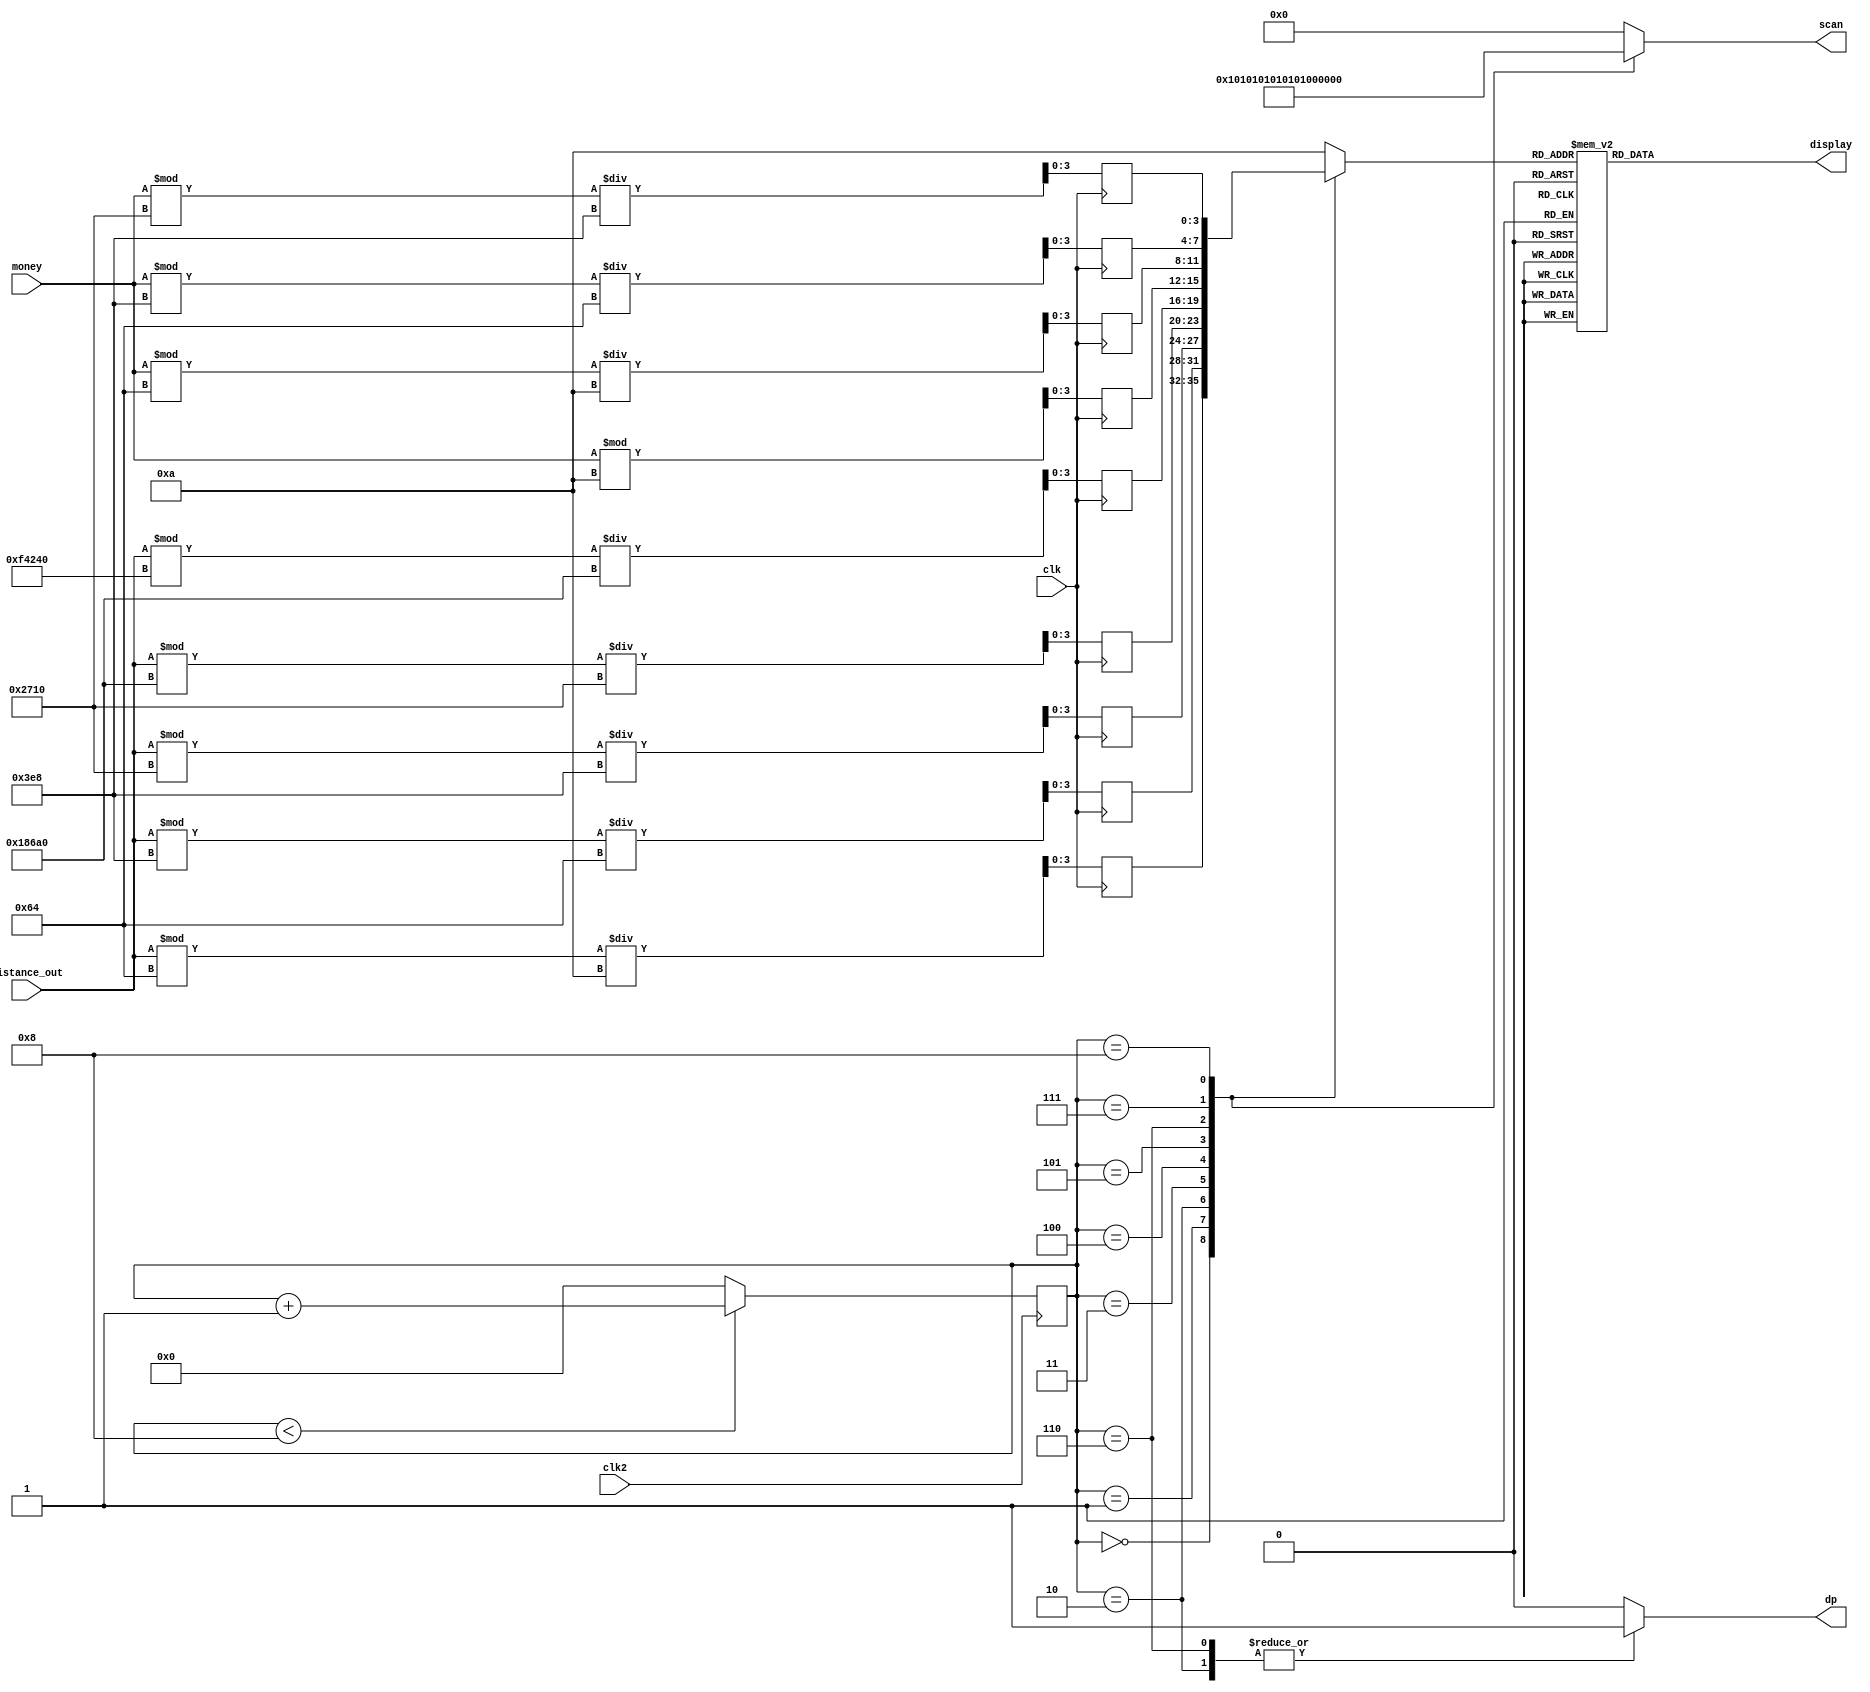
module LED2s(distance_out, money, display, scan, clk2, clk, dp);
	input [16:0] distance_out, money;
	input clk2, clk;//clk2  clk2clk
	output reg [6:0] display;
	output reg [8:0] scan;
	output reg dp;
	reg [10:0] X1_distance, X2_distance, G_distance, S_distance,B_distance;
	reg [10:0] X1_money, G_money, S_money, B_money;
	reg [3:0] chos, data;
	
	parameter BLANK = 7'b0000000;
	parameter ZERO  = 7'b1111110; 
	parameter ONE   = 7'b0110000;
	parameter TWO   = 7'b1101101;
	parameter THREE = 7'b1111001;
	parameter FOUR  = 7'b0110011;
	parameter FIVE  = 7'b1011011;
	parameter SIX   = 7'b1011111;
	parameter SEVEN = 7'b1110000;
	parameter EIGHT = 7'b1111111;
	parameter NINE  = 7'b1111011;

	initial begin
		chos = 10;
		scan = 'b000000000;
		display = BLANK;
	end
    
	always@(posedge clk)begin
		X2_distance = distance_out%100/10;
		X1_distance = distance_out%1000/100;
		G_distance =  distance_out%10000/1000; //distance 
		S_distance =  distance_out%100000/10000;
		B_distance =  distance_out%1000000/100000;
		
		X1_money = money%10;
		G_money = money%100/10;
		S_money = money%1000/100;
		B_money = money%10000/1000;
	end
	
	always@(data)begin
		case(data)
			0:begin display = ZERO; end
			1:begin display = ONE;  end
			2:begin display = TWO;  end
			3:begin display = THREE; end
			4:begin display = FOUR; end
			5:begin display = FIVE; end
			6:begin display = SIX;  end
			7:begin display = SEVEN;end
			8:begin display = EIGHT;end
			9:begin display = NINE; end
			default:begin display = BLANK; end
		endcase	
	end
	
	
	
	always@(posedge clk2)begin
		if(chos < 8) chos = chos + 1;
		else chos = 0;
	end
	
	always@(chos)begin
		case(chos)
			0:begin data = X2_distance;	dp = 0;	scan = 'b000000001; end 
			1:begin data = X1_distance;	dp = 0;	scan = 'b000000010; end
			2:begin data = G_distance;		dp = 1;	scan = 'b000000100; end
			3:begin data = S_distance;		dp = 0;	scan = 'b000001000; end
			4:begin data = B_distance;		dp = 0;	scan = 'b000010000; end
			5:begin data = X1_money;		dp = 0;	scan = 'b000100000; end
			6:begin data = G_money;			dp = 1;	scan = 'b001000000; end
			7:begin data = S_money;			dp = 0;	scan = 'b010000000; end
			8:begin data = B_money;			dp = 0;	scan = 'b100000000; end
			default:begin data = 10;		dp = 0;	scan = 'b000000000; end
		endcase
	end
endmodule